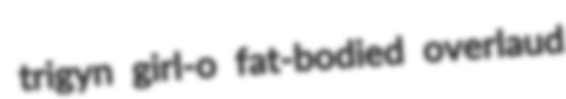
trigyn girl-o fat-bodied overlaud